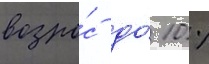
возро́с до́ 10 %